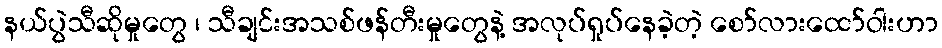
နယ်ပွဲသီဆိုမှုတွေ ၊ သီချင်းအသစ်ဖန်တီးမှုတွေနဲ့ အလုပ်ရှုပ်နေခဲ့တဲ့ စော်လားထော်ဝါးဟာ